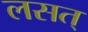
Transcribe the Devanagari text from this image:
लसत्